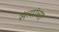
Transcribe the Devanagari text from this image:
संत्र्यांच्या